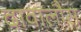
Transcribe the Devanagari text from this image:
दावालौस